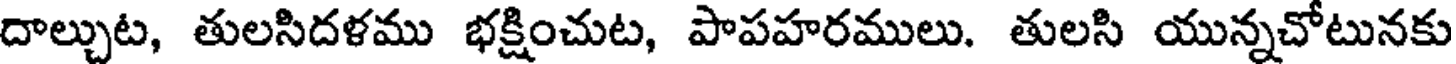
దాల్చుట, తులసిదళము భక్షించుట, పాపహరములు. తులసి యున్నచోటునకు